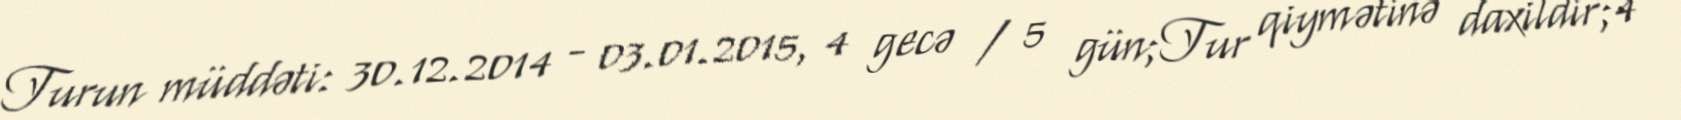
Turun müddəti: 30.12.2014 - 03.01.2015, 4 gecə / 5 gün;Tur qiymətinə daxildir;4